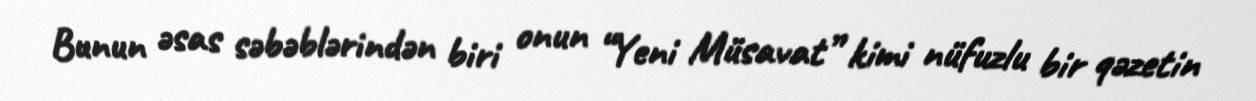
Bunun əsas səbəblərindən biri onun “Yeni Müsavat” kimi nüfuzlu bir qəzetin